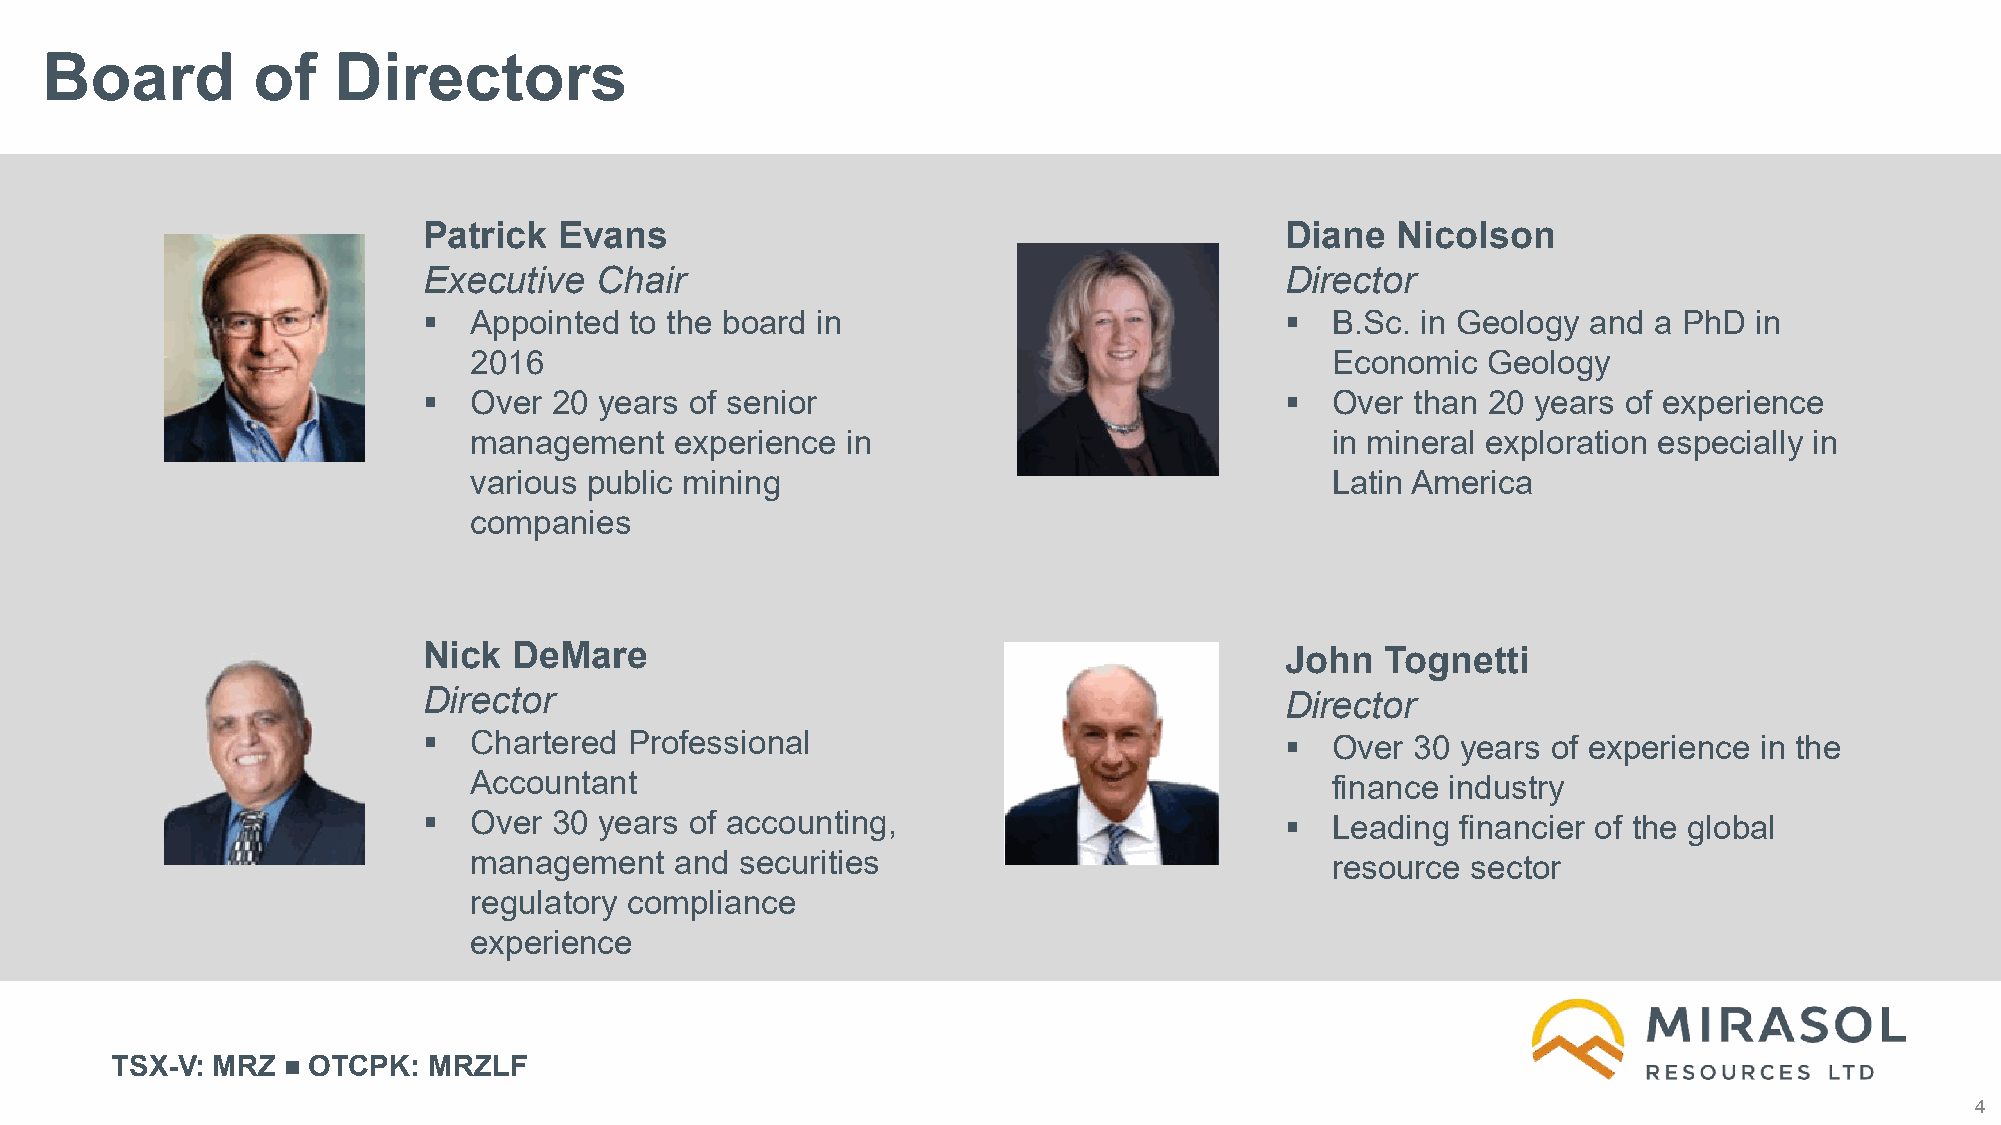
Board         of   Directors
 Patrick  Evans                                           Diane  Nicolson
 Executive  Chair                                         Director
   Appointed  to the board in                              B.Sc. in Geology and a PhD  in
 2016                                                     Economic  Geology
   Over  20 years of senior                                Over  than 20 years of experience
 management    experience in                              in mineral exploration especially in
 various public mining                                    Latin America
 companies
 Nick  DeMare                                             John   Tognetti
 Director                                                 Director
   Chartered  Professional                                 Over  30 years of experience in the
 Accountant                                               finance industry
   Over  30 years of accounting,                           Leading  financier of the global
 management    and securities                             resource sector
 regulatory compliance
 experience
 TSX-V: MRZ   OTCPK:  MRZLF
 4